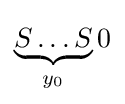
\underbrace {S\ldots S} _{y_{0}}0